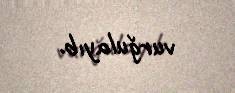
vurğulayıb.